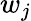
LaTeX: w_{j}